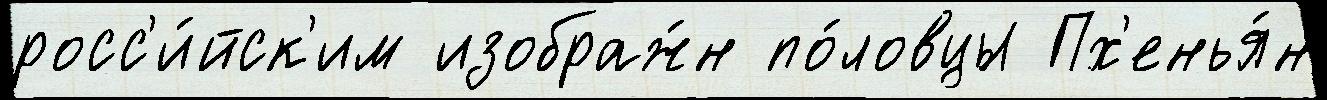
росс'и́йск'им изображ́н по́ловцы Пх'енья́н